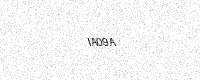
Text: IA09A